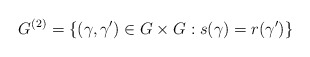
\begin{gather*}G^{(2)}=\{(\gamma,\gamma')\in G\times G: s(\gamma)=r(\gamma')\}\end{gather*}